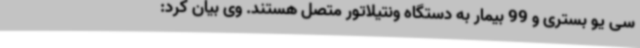
سی یو بستری و 99 بیمار به دستگاه ونتیلاتور متصل هستند. وی بیان کرد: